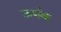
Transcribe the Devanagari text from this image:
ऊर्णक